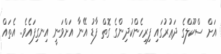
އަށް ސްކޫލްގެ ދަޢުރުގައި ފިރިހެންކުދިންގެ ގޮތް ފާޑު އޭނާ އަށްވަނީ އިނގިފައެވެ.. އެތައް